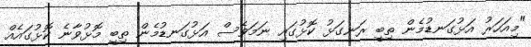
"މިއަހަރު އަޅުގަނޑުމެން ތިބީ ރަނގަޅު ކޮޅުގައި ނަމަވެސް އަޅުގަނޑުމެން ތިބީ މޮޅުވާނެ ކޮޅުގައެއް